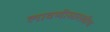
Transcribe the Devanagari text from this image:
लावणीसारखीच